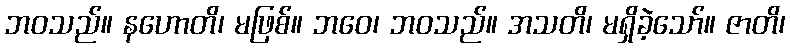
ဘဝသည်။ နဟောတိ၊ မဖြစ်။ ဘဝေ၊ ဘဝသည်။ အသတိ၊ မရှိခဲ့သော်။ ဇာတိ၊